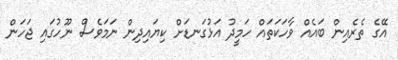
އޭގެ ތެރެއިން ބައެއް ވާހަކަތައް ހަމީދު އަޅުގަނޑަށް ކިޔައިދިން ނަމަވެސް ނޫހުގައި ޖަހަން